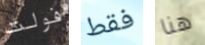
فولت فقط هنا